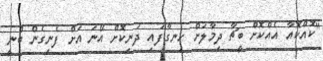
"ކޮއްކޮއާ އެއްކޮށް ބީޗާ ދިމާލަށް ހިނގާފައި ދަނިކޮށް އޭނަ އަށް ފެނިގެން ބުނީ